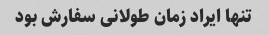
تنها ایراد زمان طولانی سفارش بود